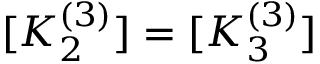
[ K _ { 2 } ^ { ( 3 ) } ] = [ K _ { 3 } ^ { ( 3 ) } ]